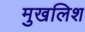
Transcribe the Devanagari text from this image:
मुखलिश